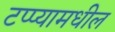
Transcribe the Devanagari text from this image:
टप्प्यामधील